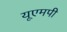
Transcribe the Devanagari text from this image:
यूएमपी